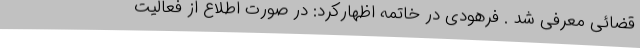
قضائی معرفی شد . فرهودی در خاتمه اظهارکرد: در صورت اطلاع از فعالیت